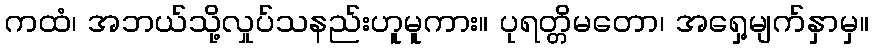
ကထံ၊ အဘယ်သို့လှုပ်သနည်းဟူမူကား။ ပုရတ္တိမတော၊ အရှေ့မျက်နှာမှ။